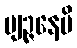
ဗျဉ္ဇနေပိ